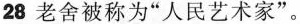
28 老舍被称为"人民艺术家"。